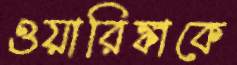
ওয়ারিঙ্কাকে